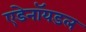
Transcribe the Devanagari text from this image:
एडेनॉयडल